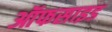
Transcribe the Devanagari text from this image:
ऑफसाइड